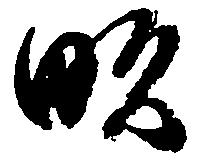
畝